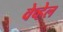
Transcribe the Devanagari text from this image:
वेव्हेल